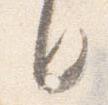
年